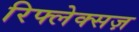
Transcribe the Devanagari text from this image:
रिफ्लेक्सज़